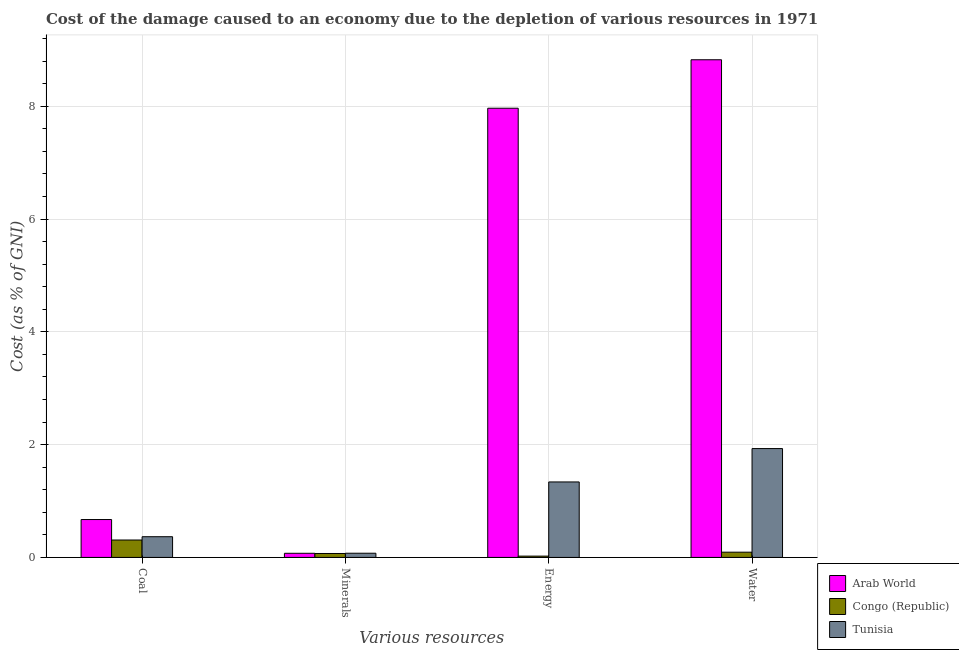
| Various resources | Arab World | Congo (Republic) | Tunisia |
 | --- | --- | --- | --- |
 | Coal | 0.672 | 0.309 | 0.367 |
 | Minerals | 0.0732 | 0.0696 | 0.0744 |
 | Energy | 7.96 | 0.0233 | 1.34 |
 | Water | 8.82 | 0.093 | 1.93 |